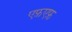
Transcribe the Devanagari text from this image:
एफ़एफ़